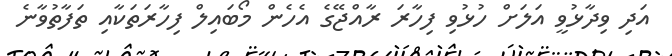
އަދި ވިދާޅުވީ އަލަށް ހުޅުވި ފިހާރަ ރާއްޖޭގެ އެހެން މޯބައިލް ފިހާރަތަކާއި ތަފާތުވާނެ